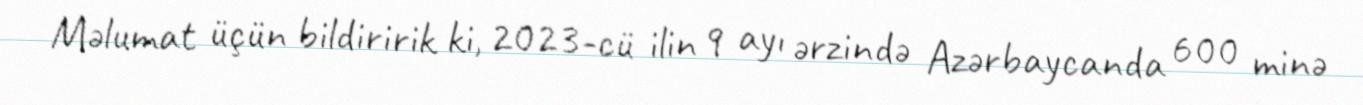
Məlumat üçün bildiririk ki, 2023-cü ilin 9 ayı ərzində Azərbaycanda 600 minə